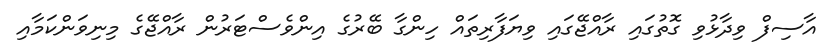
އާސިފް ވިދާޅުވި ގޮތުގައި ރާއްޖޭގައި ވިޔަފާރިތައް ހިންގާ ބޭރުގެ އިންވެސްޓަރުން ރާއްޖޭގެ މިނިވަންކަމާއި